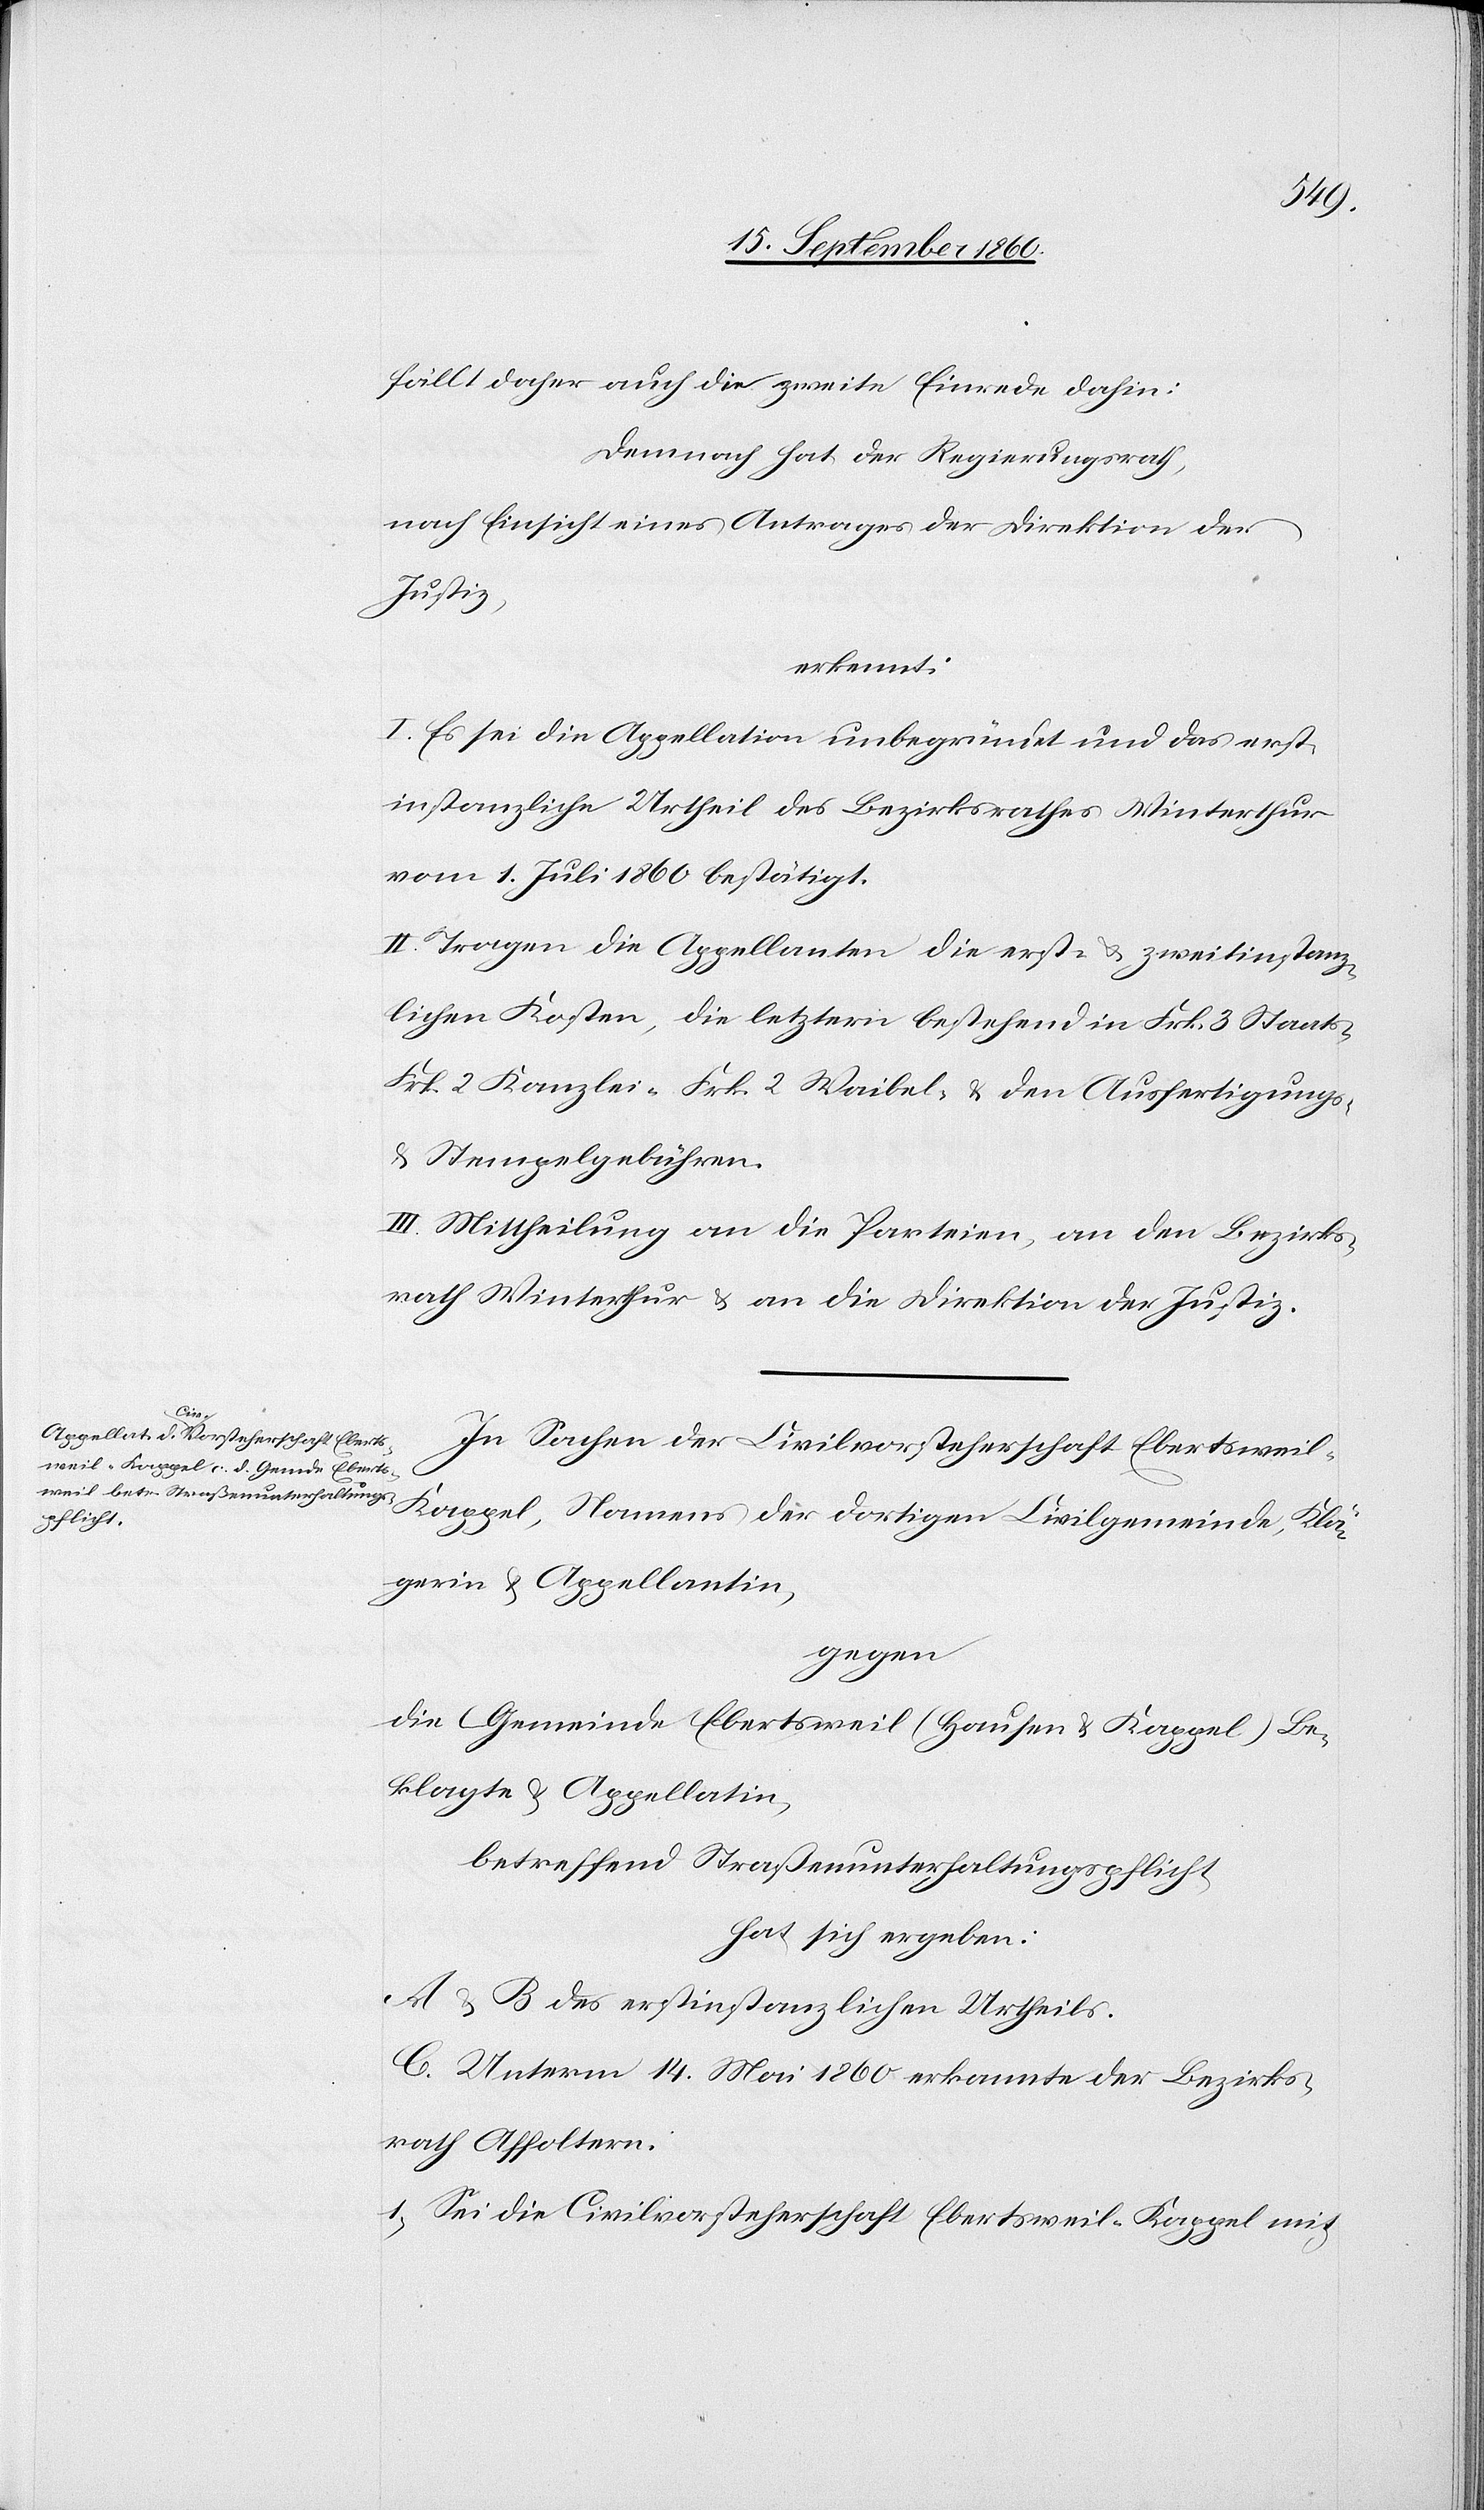
fällt daher auch die zweite Einrede dahin.
Demnach hat der Regierungsrath,
nach Einsicht eines Antrages der Direktion der
Justiz,
erkennt:
I. Es sei die Appellation unbegründet und das erst¬
instanzliche Urtheil des Bezirksrathes Winterthur
vom 1. Juli 1860 bestätigt.
II. Tragen die Appellanten die erst- u. zweitinstanz¬
lichen Kosten, die letztern bestehend in Frk. 3 Staats-[,]
Frk. 2 Kanzlei-[,] Frk. 2 Waibel- u. den Ausfertigungs-
u. Stempelgebühren.
III. Mittheilung a) an die Parteien, b) an den Bezirks¬
rath Winterthur, c) an die Direktion der Justiz.
In Sachen der Civilvorsteherschaft Ebertsweil-K¬
appel, Namens der dortigen Civilgemeinde, Klä¬
gerin u. Appellantin,
gegen
die Gemeinde Ebertsweil (Hausen u. Kappel) Be¬
klagte u. Appellatin,
betreffend Straßenunterhaltungspflicht
hat sich ergeben:
A u. B des erstinstanzlichen Urtheils.
C. Unterm 14. Mai 1860 erkannte der Bezirks¬
rath Affoltern.
1. Sei die Civilvorsteherschaft Ebertsweil-Kappel mit